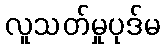
လူသတ်မှုပုဒ်မ